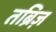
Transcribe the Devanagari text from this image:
तब्रिज़